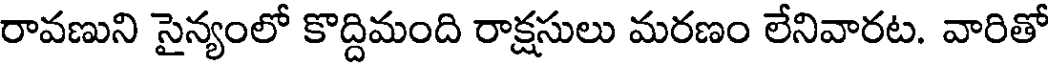
రావణుని సైన్యంలో కొద్దిమంది రాక్షసులు మరణం లేనివారట. వారితో